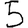
Digit: 5